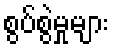
စွပ်စွဲမှုများ